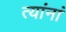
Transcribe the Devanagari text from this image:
त्‍यांनां